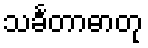
သင်္ခတာဓာတု